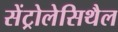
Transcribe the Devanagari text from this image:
सेंट्रोलेसिथैल